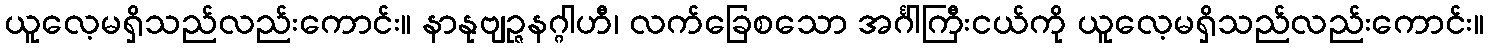
ယူလေ့မရှိသည်လည်းကောင်း။ နာနုဗျဉ္ဇနဂ္ဂါဟီ၊ လက်ခြေစသော အင်္ဂါကြီးငယ်ကို ယူလေ့မရှိသည်လည်းကောင်း။